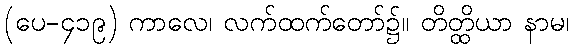
(ပေ-၄၁၉) ကာလေ၊ လက်ထက်တော်၌။ တိတ္ထိယာ နာမ၊